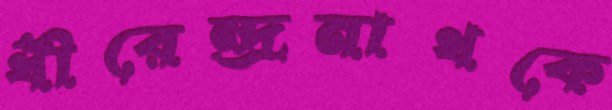
ধীরেন্দ্রনাথকে